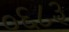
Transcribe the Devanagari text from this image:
०६८३